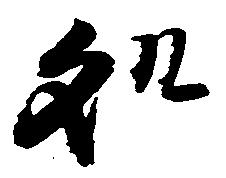
処